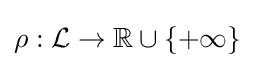
\rho :{\mathcal {L}}\to \mathbb {R} \cup \{+\infty \}